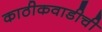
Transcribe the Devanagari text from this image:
काठीकवाडीची